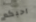
احبكم